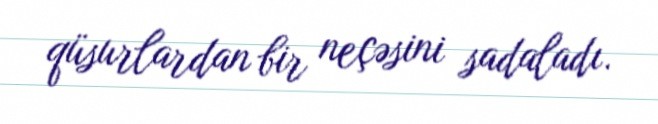
qüsurlardan bir neçəsini sadaladı.